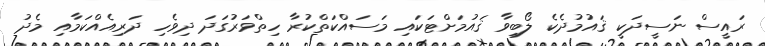
ރައީސް ނަސީދަކީ ޤައުމުދެކެ ލޯބިވާ ޤައުމަށްޓަކައި މަސައްކަތްކުރާ ހިތްވަރުގަދަ ދިވެހި ދަރިއެއްކަމާއި މެދު